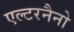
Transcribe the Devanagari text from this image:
एल्टरनैनो